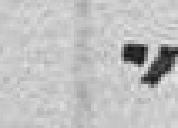
"